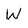
Character: W